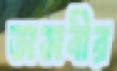
তাসবীর